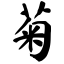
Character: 菊